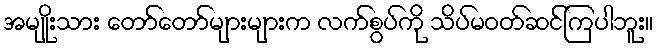
အမျိုးသား တော်တော်များများက လက်စွပ်ကို သိပ်မဝတ်ဆင်ကြပါဘူး။